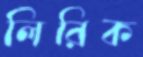
লিরিক